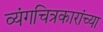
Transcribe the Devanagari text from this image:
व्यंगचित्रकारांच्या